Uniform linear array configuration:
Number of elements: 24
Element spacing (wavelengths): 0.25
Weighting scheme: blackman
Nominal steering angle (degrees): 15
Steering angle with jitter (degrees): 15.52
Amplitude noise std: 0.05
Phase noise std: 0.05

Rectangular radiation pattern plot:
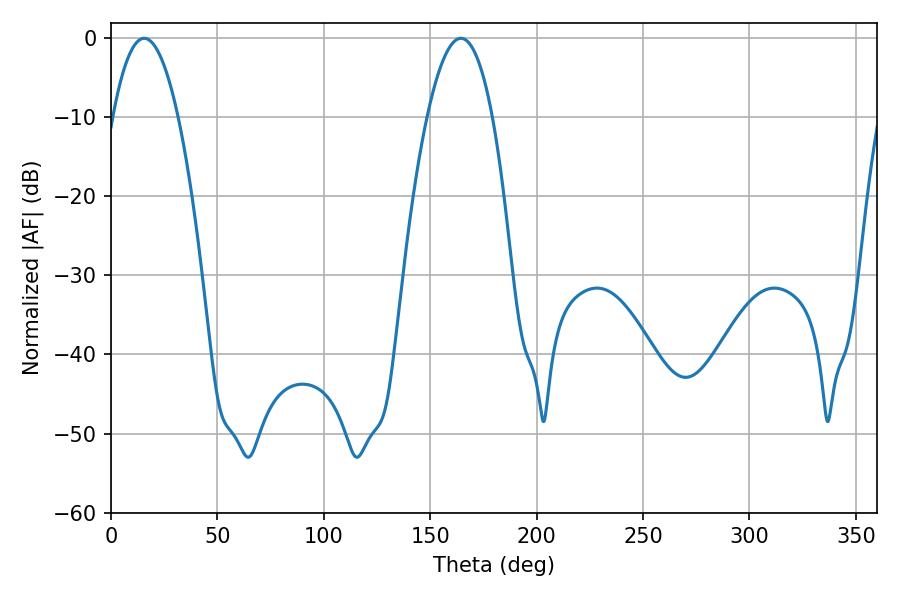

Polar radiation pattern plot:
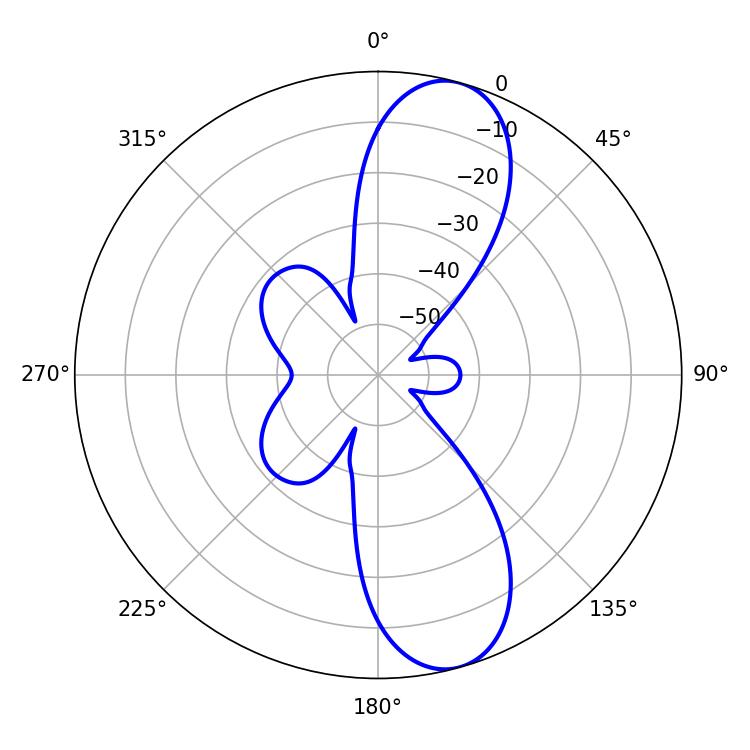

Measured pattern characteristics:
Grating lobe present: FALSE
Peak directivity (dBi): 10.663
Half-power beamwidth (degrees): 16.92
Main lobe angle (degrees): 15.66